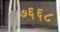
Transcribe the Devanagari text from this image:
७६६८